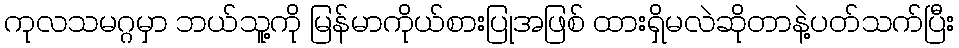
ကုလသမဂ္ဂမှာ ဘယ်သူ့ကို မြန်မာကိုယ်စားပြုအဖြစ် ထားရှိမလဲဆိုတာနဲ့ပတ်သက်ပြီး